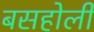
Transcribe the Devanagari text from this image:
बसहोली